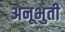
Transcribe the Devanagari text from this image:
अनूभुती